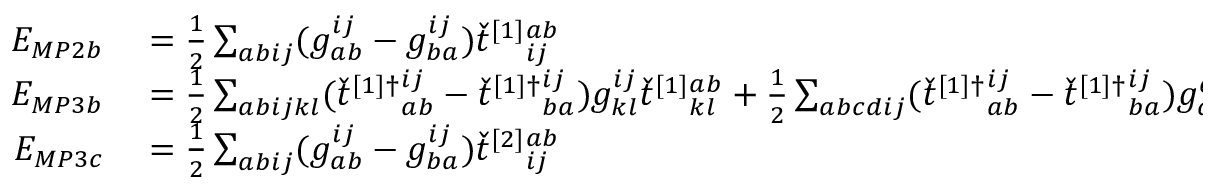
\begin{array} { r l } { E _ { M P 2 b } } & { { } = \frac { 1 } { 2 } \sum _ { a b i j } ( g _ { a b } ^ { i j } - g _ { b a } ^ { i j } ) \check { t } ^ { [ 1 ] } { } _ { i j } ^ { a b } } \\ { E _ { M P 3 b } } & { { } = \frac { 1 } { 2 } \sum _ { a b i j k l } ( \check { t } ^ { [ 1 ] \dagger } { } _ { a b } ^ { i j } - \check { t } ^ { [ 1 ] \dagger } { } _ { b a } ^ { i j } ) g _ { k l } ^ { i j } \check { t } ^ { [ 1 ] } { } _ { k l } ^ { a b } + \frac { 1 } { 2 } \sum _ { a b c d i j } ( \check { t } ^ { [ 1 ] \dagger } { } _ { a b } ^ { i j } - \check { t } ^ { [ 1 ] \dagger } { } _ { b a } ^ { i j } ) g _ { c d } ^ { a b } \check { t } ^ { [ 1 ] } { } _ { i j } ^ { c d } } \\ { E _ { M P 3 c } } & { { } = \frac { 1 } { 2 } \sum _ { a b i j } ( g _ { a b } ^ { i j } - g _ { b a } ^ { i j } ) \check { t } ^ { [ 2 ] } { } _ { i j } ^ { a b } } \end{array}